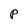
Character: P